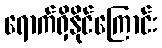
ရောက်ရှိနိုင်ကြောင်း